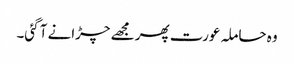
وہ حاملہ عورت پھر مجھے چڑانے آ گئی۔